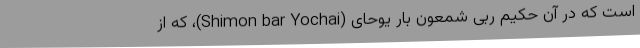
است که در آن حکیم ربّى شمعون بار یوحاى (Shimon bar Yochai)، که از